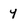
Character: Y